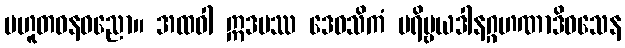
ပဟူတဓနဓညော။ အထဝါ ဣဒမဿ ဒေဝသိကံ ပရိဗ္ဗယဒါနဂ္ဂဟဏာဒိဝသေန